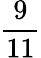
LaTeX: \frac{9}{11}